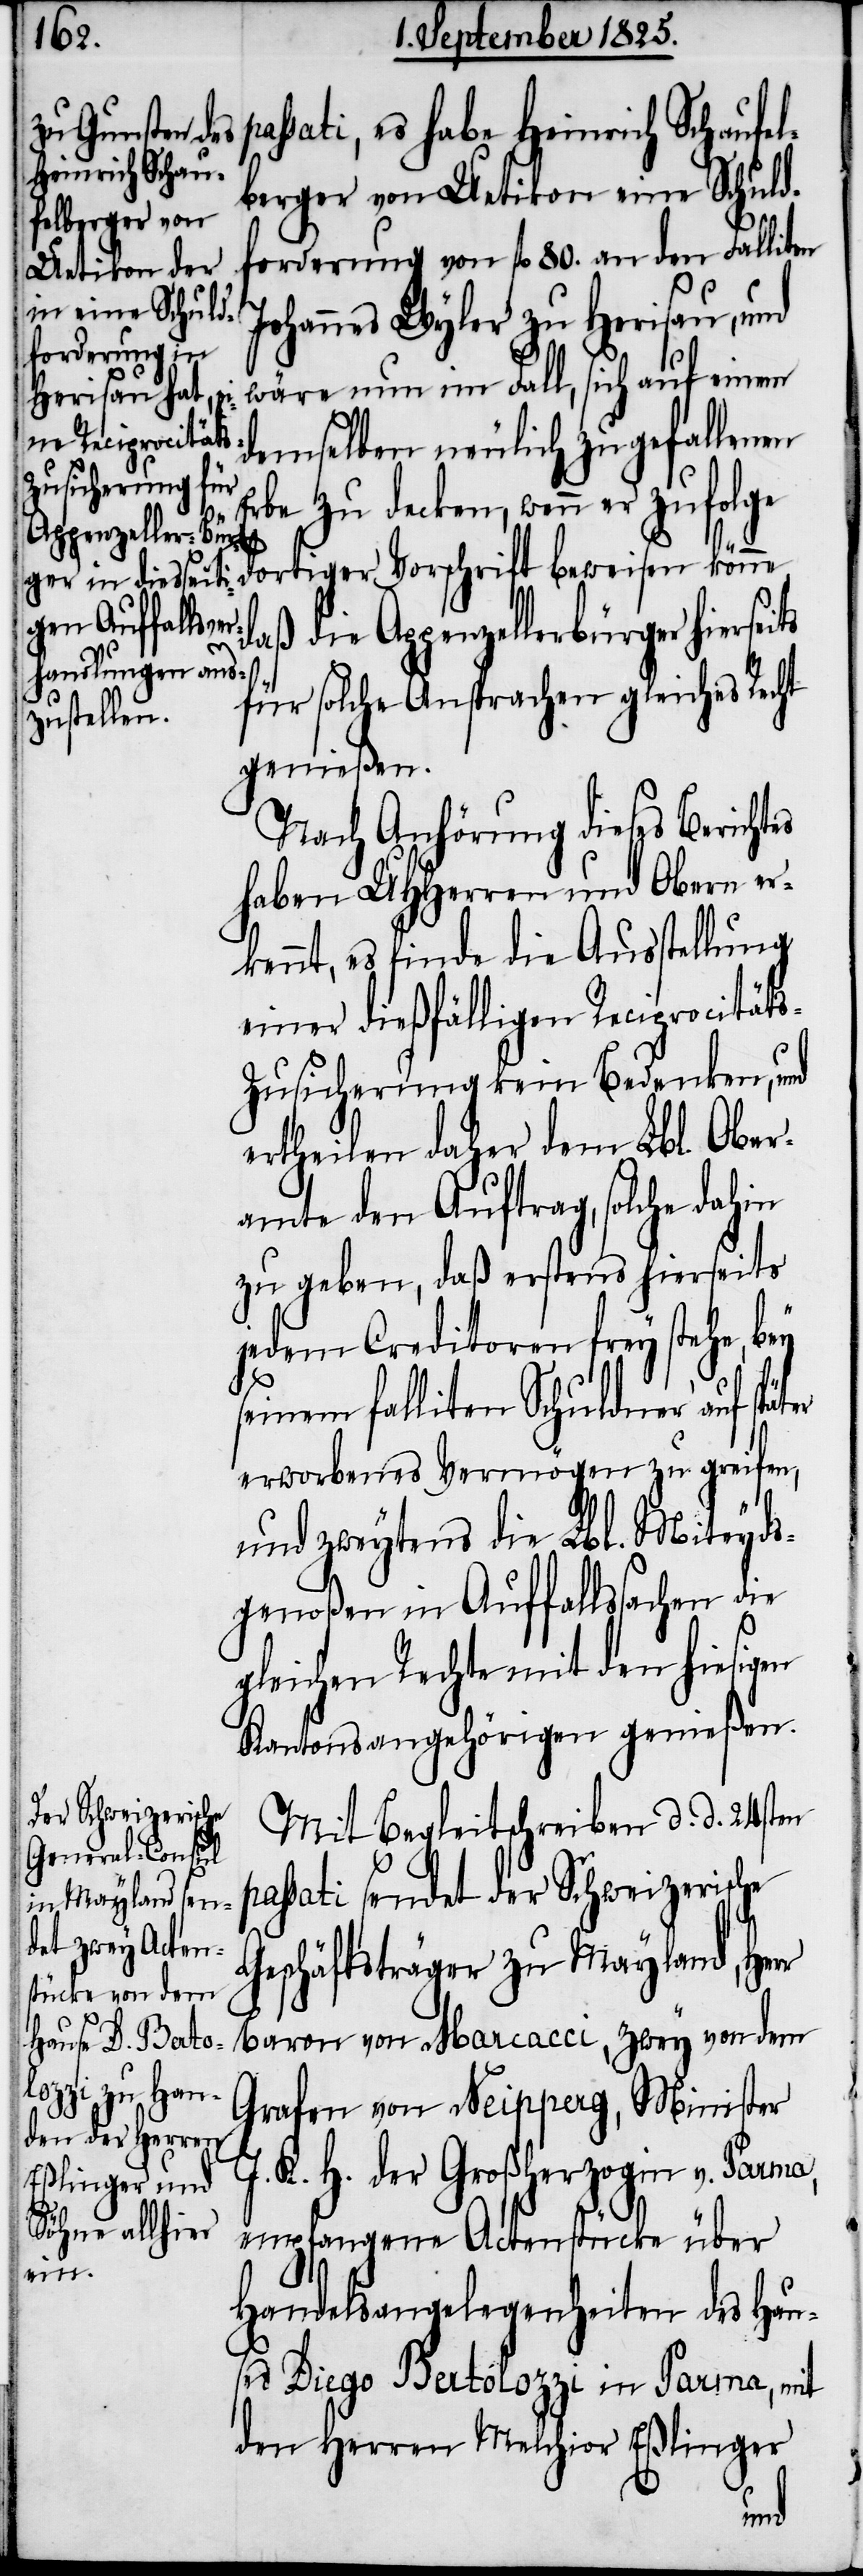
ssati, es habe Heinrich Schaufel¬
berger von Uetikon eine Schuld¬
forderung von fl. 80. an den Falliten
Johannes Wyler zu Herisau, und
wäre nun im Fall, sich auf einem
demselben neulich zugefallenen
Erbe zu decken, wenn er zufolge
daß die Appenzellerbürger hiersei¬
ts
für solche Ansprachen gleiches Recht
genießen.
Nach Anhörung dieses Berichtes
haben UHHerren und Obern er¬
kennt, es finde die Ausstellung
einer dießfälligen Reciprocität¬
s-Zusicherung kein Bedenken, und
ertheilen daher dem Lbl. Ober¬
amte den Auftrag, solche dahin
zu geben, daß erstens hierseits
jedem Creditoren frey stehe, bey
seinem falliten Schuldner auf spät¬
erworbenes Vermögen zu greifen,
und zweytens die Lbl. Miteyds¬
genoßen in Auffallssachen die
gleichen Rechte mit den hiesigen
Kantonsangehörigen genießen.
Mit Begleitschreiben d. d. 24sten
assati sendet der Schweizerische
Geschäftsträger zu Mayland, Herr
Baron von Maracci, zwey von dem
Grafen von Neipperg, Minister
J. K. H. der Großherzogin v. Parma,
empfangene Actenstücke über
Handelsangelegenheiten des Hau¬
ses Diego Batolozzi in Parma, mit
den Herren Melchior Eßlinger
p¬